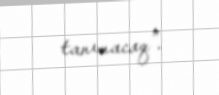
tanınacaq”.